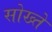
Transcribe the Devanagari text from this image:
सोख्ते